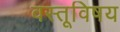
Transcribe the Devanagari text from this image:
वस्तूविषय